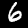
Label: 6